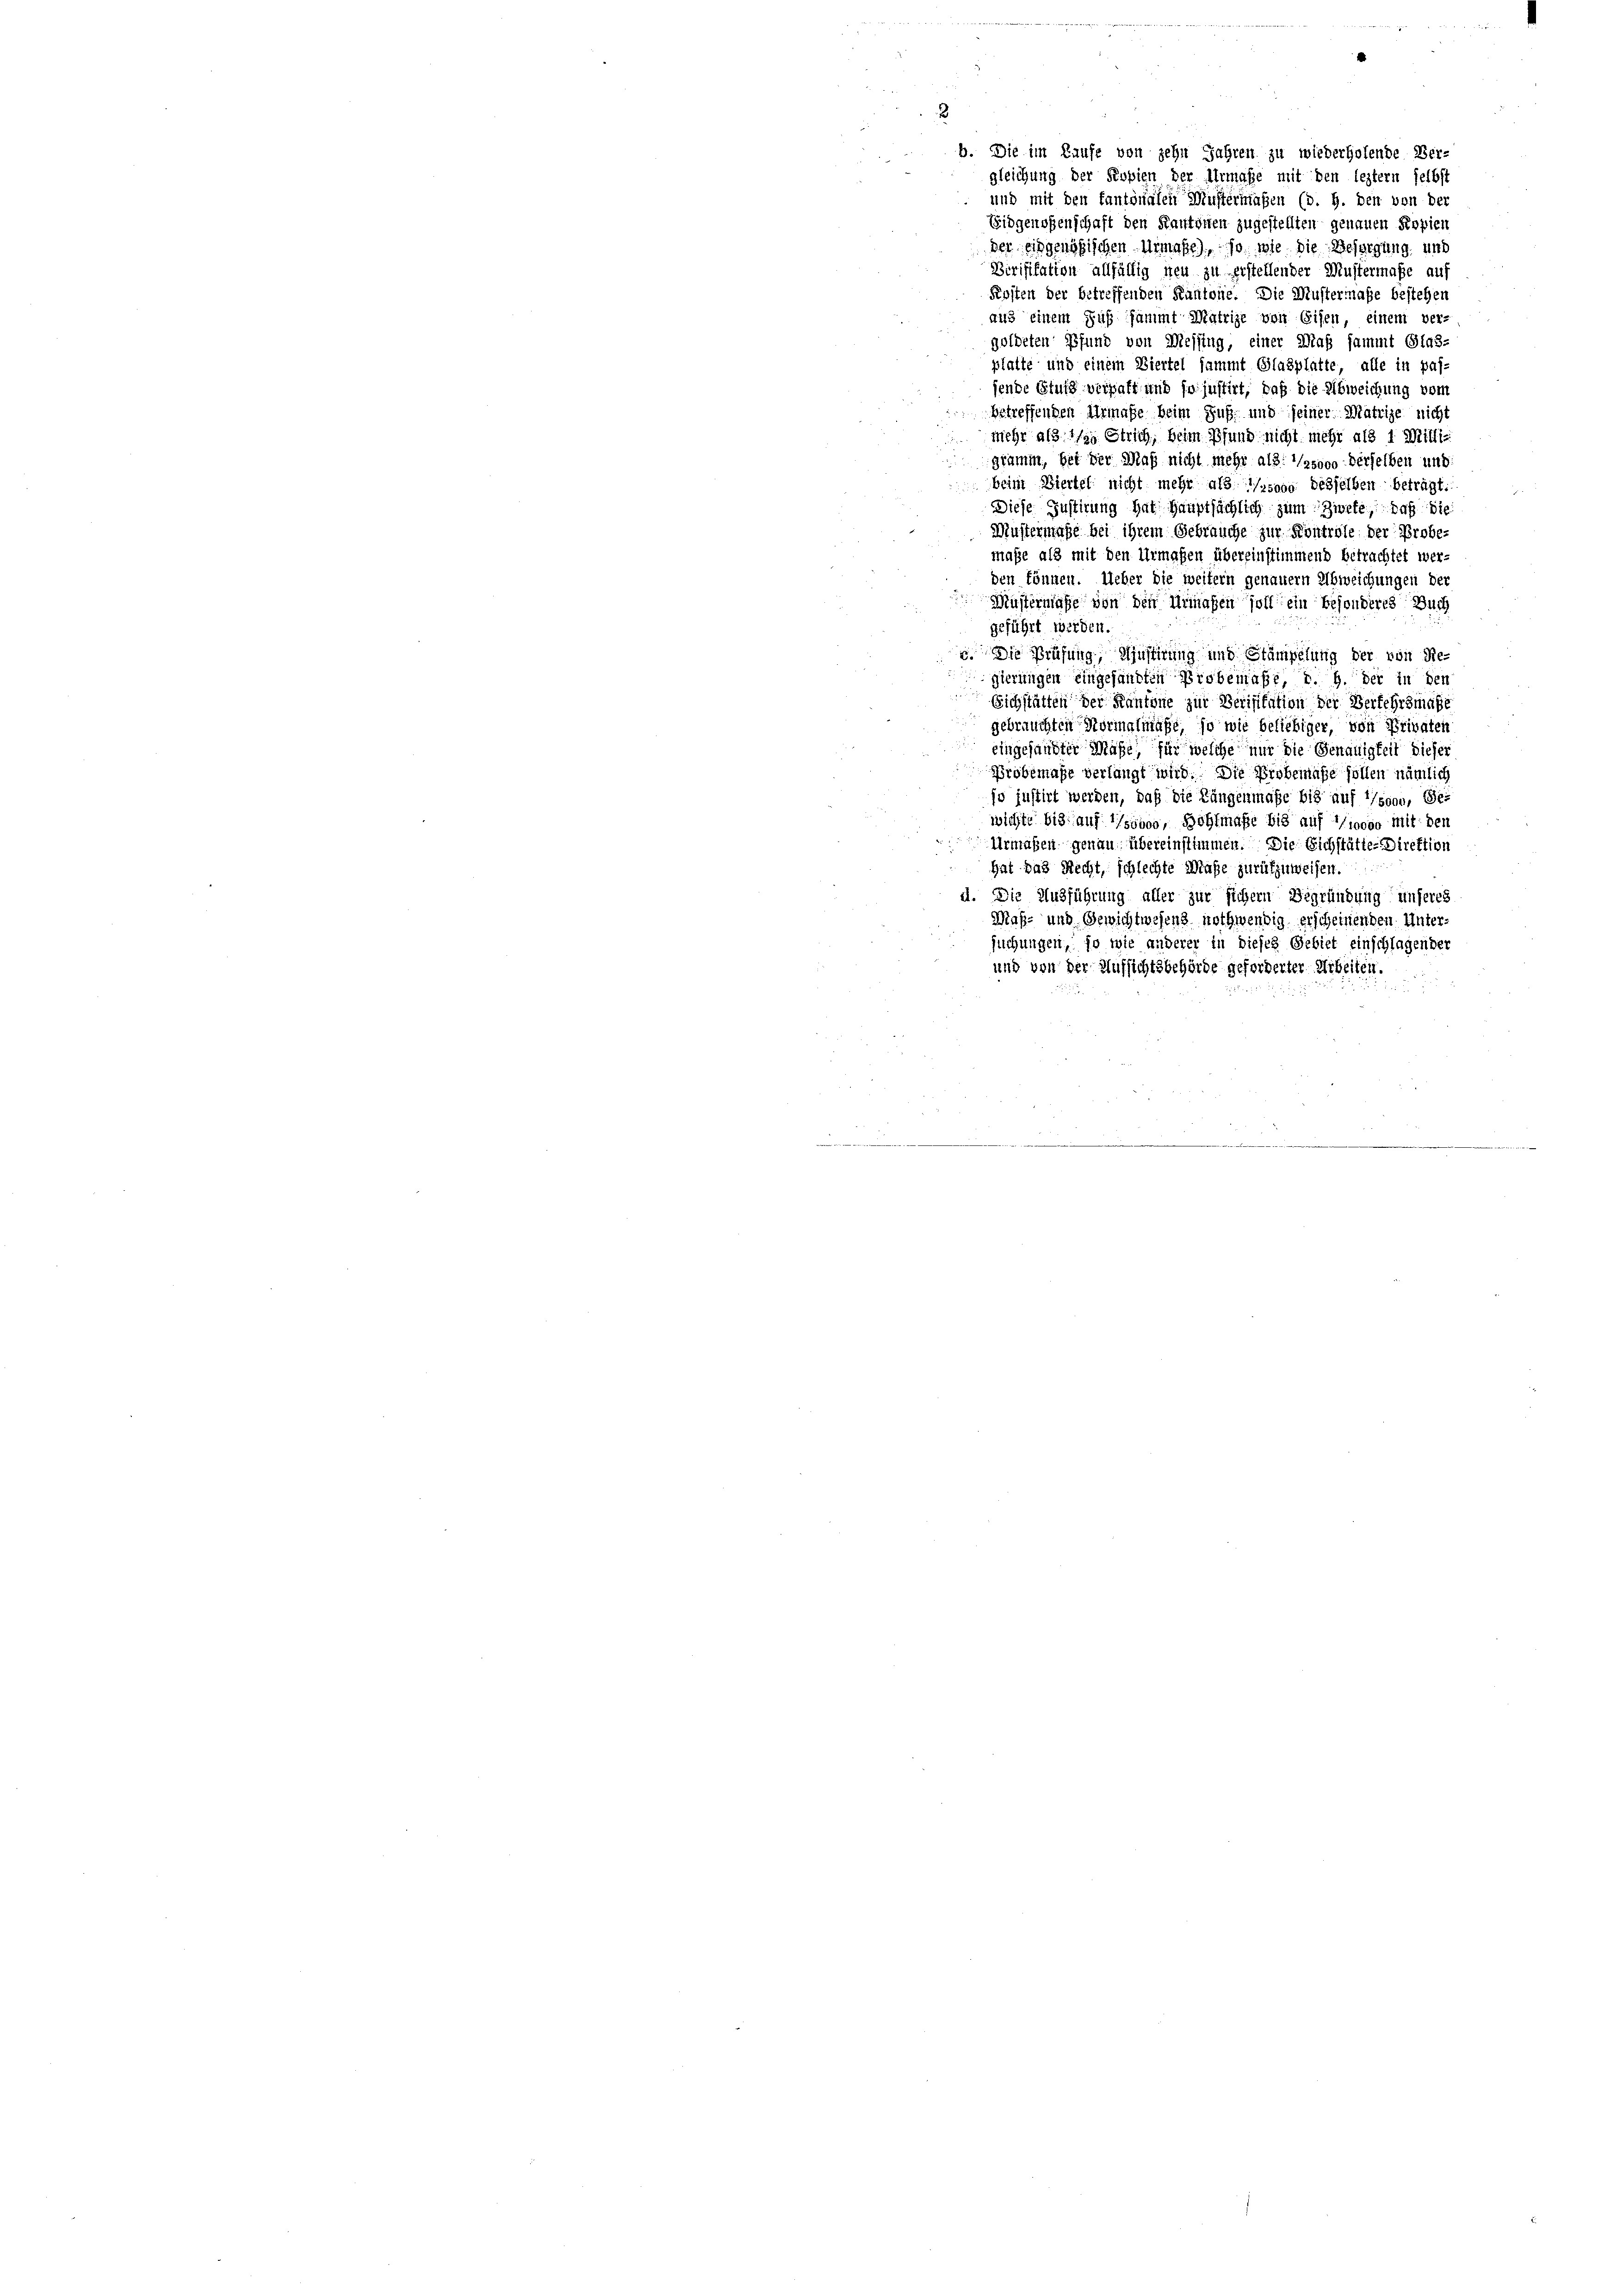
2
b. Die im Laufe von zehn Jahren zu wiederholende Ber-
gleichung der Kopien der Urmaße mit den leztern selbst
und mit den kantonalen Mustermaßen (d. h. den von der
Eidgenossenschaft den Kantonen zugestellten genauen Kopien
der eidgenößischen Urmaße), so wie die Besorgung und
Birifikation allfällig neu zu erstellender Mustermaße auf
Fensten der betreffenden Kantone. Die Mustermaße bestehen
aus einem Fuß sammt Matrize von Eisen, einem ver-
goldeten Pfund von Messing, einer Was sammt Glas-
platte und einem Viertel sammt Glasplatte, alle in passende Stufe verhaft und so justirt, daß die Abweichung vom
betreffenden Urmaße beim Fuß und seiner Matrige nicht
mehr als des Strich, beim Pfund nicht mehr als 1. Mittl-
gramm, bei der Maß nicht mehr als: sooo derselben und:
beim Biertel nicht mehr als sooo desselben beträgt.
Diese Justirung hat Hauptsächlich zum Zwete, daß die
Mustermaße bei ihrem Gebrauche zur Kontrole der Probe-
maße als mit den Urmaßen übereinstimmend betrachtet werden können. Ueber die weitern genauer Abweichungen der
Müstermaße von den Urmaßen soll ein besonderes Buch
geführt werden.
c. Die Prüfung, Müstirung und Stämpelung der von Re-
gierungen eingesandten Probemaßt, d. h. der in den
Eichstätten der Kantone zur Verifikation der Verkehrsmaße
gebrauchten Normalmäße, so wie beliebiger, von Privaten
eingesandter Maße, für welche nur die Genauigkeit dieser
Probemase verlangt wird. Die Probemüße sollen nämlich
jo justirt werden, daß die Längenmaße bis auf 1/ssow, Ge-
wichte bis auf 1/soboo, Höhlmaße bis auf ioooo mit der
Urmaßen genau übereinstimmen. Die Eichstätte Direktion
hat das Recht, schlechte Maße zurükzuweisen.
d. Die Ausführung aller zur sichern Begründung unseres
Maß- und Gewichtwesens nothwendig erscheinenden Untersuchungen, so wie anderer in dieses Gebiet einschlagender
und von der Aufsichtsbehörde geforderter Arbeiten.
u

4